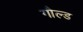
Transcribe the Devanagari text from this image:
गौल्ड